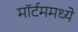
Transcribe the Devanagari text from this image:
मॉर्टममध्ये